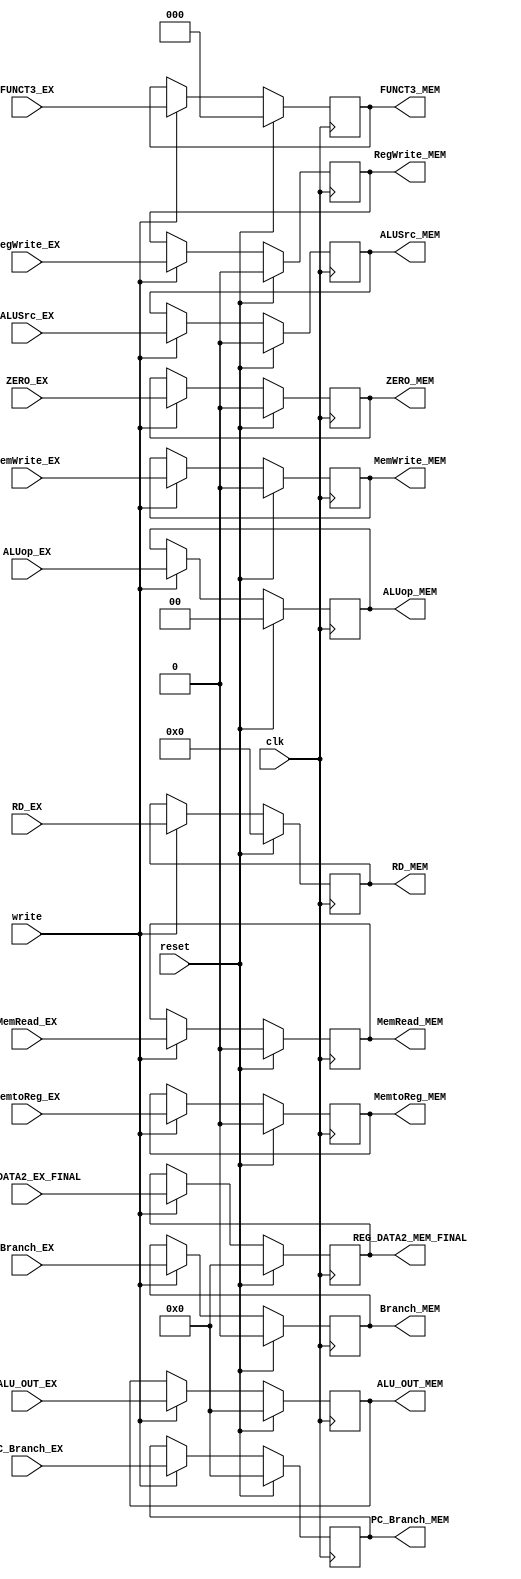
`timescale 1ns / 1ps
//////////////////////////////////////////////////////////////////////////////////
// Company: 
// Engineer: 
// 
// Design Name: 
// Module Name: EX_MEM
// Project Name: 
// Target Devices: 
// Tool Versions: 
// Description: 
// 
// Dependencies: 
// 
// Revision:
// Revision 0.01 - File Created
// Additional Comments:
// 
//////////////////////////////////////////////////////////////////////////////////


module EX_MEM(input clk,
              input reset,
              input write,
              
              input ZERO_EX,
              input [31:0] ALU_OUT_EX,
              input [31:0] PC_Branch_EX,
              input [31:0] REG_DATA2_EX_FINAL,
              input [4:0] RD_EX,
              input RegWrite_EX,
              input MemtoReg_EX,
              input MemRead_EX,
              input MemWrite_EX,
              input [1:0] ALUop_EX,
              input ALUSrc_EX,
              input Branch_EX,
              input [2:0] FUNCT3_EX,
              
              output reg ZERO_MEM,
              output reg [31:0] ALU_OUT_MEM,
              output reg [31:0] PC_Branch_MEM,
              output reg [31:0] REG_DATA2_MEM_FINAL,
              output reg [4:0] RD_MEM,
              output reg RegWrite_MEM,
              output reg MemtoReg_MEM,
              output reg MemRead_MEM,
              output reg MemWrite_MEM,
              output reg [1:0] ALUop_MEM,
              output reg ALUSrc_MEM,
              output reg Branch_MEM,
              output reg [2:0] FUNCT3_MEM);
     
     always@(posedge clk) begin
        if (reset) begin 
         ZERO_MEM <= 0;
         ALU_OUT_MEM <= 0;
         PC_Branch_MEM <= 32'b0;
         REG_DATA2_MEM_FINAL <= 32'b0;
         RD_MEM <= 0;
         RegWrite_MEM <= 0;
         MemtoReg_MEM <= 0;
         MemRead_MEM <= 0;
         MemWrite_MEM <= 0;
         ALUop_MEM <= 0;
         ALUSrc_MEM <= 0;
         Branch_MEM <= 0;
         FUNCT3_MEM <= 0;
        end 
        else begin 
           if (write)
           begin 
             ZERO_MEM <= ZERO_EX;
             ALU_OUT_MEM <= ALU_OUT_EX;
             PC_Branch_MEM <= PC_Branch_EX;
             REG_DATA2_MEM_FINAL <= REG_DATA2_EX_FINAL;
             RD_MEM <= RD_EX;
             RegWrite_MEM <= RegWrite_EX;
             MemtoReg_MEM <= MemtoReg_EX;
             MemRead_MEM <= MemRead_EX;
             MemWrite_MEM <= MemWrite_EX;
             ALUop_MEM <= ALUop_EX;
             ALUSrc_MEM <= ALUSrc_EX;
             Branch_MEM <= Branch_EX;
             FUNCT3_MEM <= FUNCT3_EX;
           end
        end 
     end         
     
endmodule